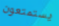
يستمتعون